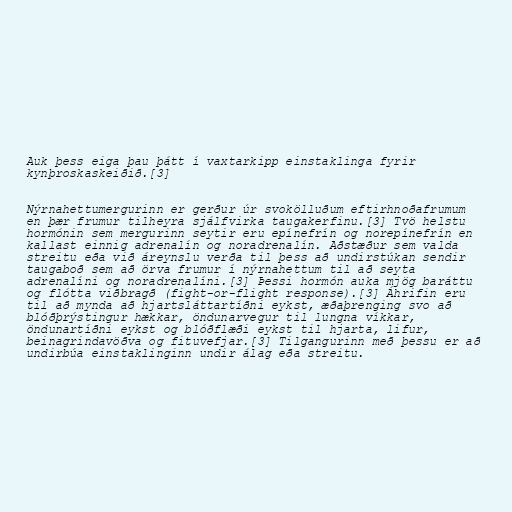
Auk þess eiga þau þátt í vaxtarkipp einstaklinga fyrir
kynþroskaskeiðið.[3]

Nýrnahettumergurinn er gerður úr svokölluðum eftirhnoðafrumum
en þær frumur tilheyra sjálfvirka taugakerfinu.[3] Tvö helstu
hormónin sem mergurinn seytir eru epínefrín og norepínefrín en
kallast einnig adrenalín og noradrenalín. Aðstæður sem valda
streitu eða við áreynslu verða til þess að undirstúkan sendir
taugaboð sem að örva frumur í nýrnahettum til að seyta
adrenalíni og noradrenalíni.[3] Þessi hormón auka mjög baráttu
og flótta viðbragð (fight-or-flight response).[3] Áhrifin eru
til að mynda að hjartsláttartíðni eykst, æðaþrenging svo að
blóðþrýstingur hækkar, öndunarvegur til lungna víkkar,
öndunartíðni eykst og blóðflæði eykst til hjarta, lifur,
beinagrindavöðva og fituvefjar.[3] Tilgangurinn með þessu er að
undirbúa einstaklinginn undir álag eða streitu.